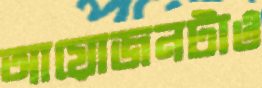
আয়োজনটাও